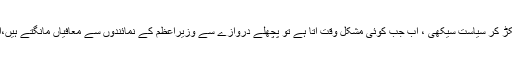
طلال چوہدری نے کہا کہ جہانگیر ترین نے شریف برادران کی انگلی پکڑ کر سیاست سیکھی ، اب جب کوئی مشکل وقت آتا ہے تو پچھلے دروازے سے وزیراعظم کے نمائندوں سے معافیاں مانگتے ہیں،انہیں چیلنج کرتا ہوں کہ وہ اس بات سے انکار کریں میں ثابت کروں گا۔